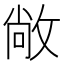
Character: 敞